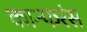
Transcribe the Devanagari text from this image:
कान्फरंस